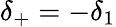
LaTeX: \delta_{+}=-\delta_{1}